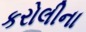
કરોલીના